Mental hospitals Bombay report 1921-28 - 1921-1928
Year: 1921
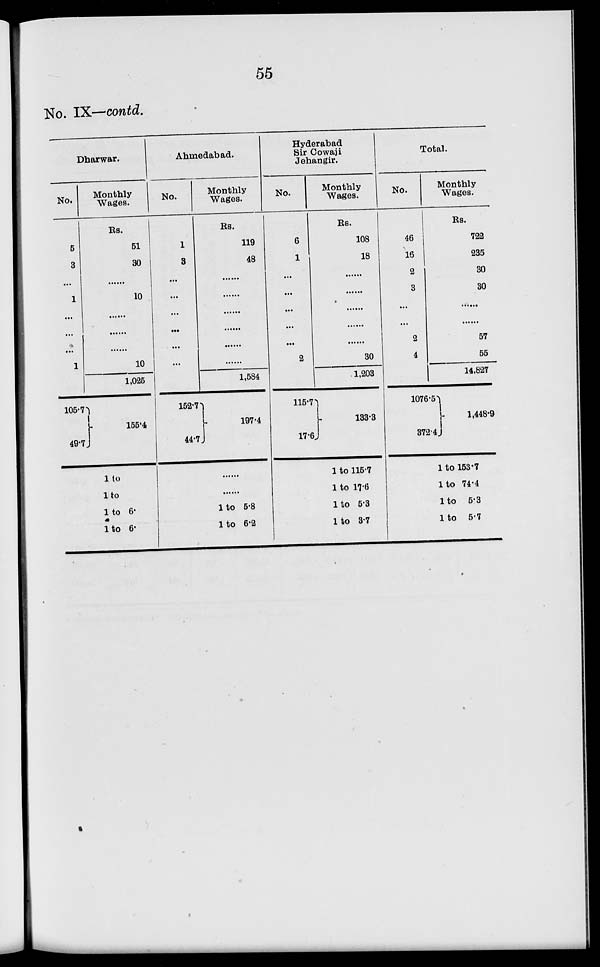
55
No. IX—contd.
Dharwar.
No.
5
3
...
1
...
...
...
1
105.7
49.7
Monthly
Wages.
Rs.
51
30
......
10
......
......
......
10
1,025
155.4
1 to
1 to
1 to 6.
1 to 6.
Ahmedabad.
No.
1
3
...
...
...
...
...
...
152.7
44.7
Monthly
Wages.
Rs.
119
48
......
......
......
......
......
......
1,584
197.4
......
......
1 to 5.8
1 to 6.2
Hyderabad
Sir Cowaji
Jehangir.
No.
6
1
...
...
...
...
...
2
115.7
17.6
Monthly
Wages.
Rs.
108
18
......
......
......
......
......
30
1,203
133.3
1 to 115.7
1 to 17.6
1 to 5.3
1 to 3.7
Total.
No.
46
16
2
3
...
...
2
4
1076.5
372.4
Monthly
Wages.
Rs.
722
235
30
30
......
......
57
55
14,827
1,448.9
1 to 153.7
1 to 74.4
1 to 5.3
1 to 5.7